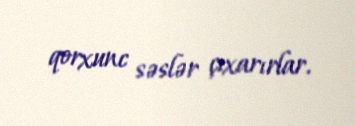
qorxunc səslər çıxarırlar.